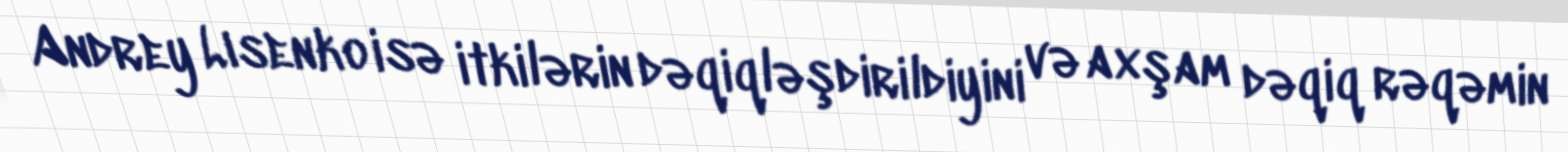
Andrey Lısenko isə itkilərin dəqiqləşdirildiyini və axşam dəqiq rəqəmin